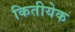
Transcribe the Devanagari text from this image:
कितीयेक